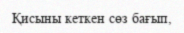
Қисыны кеткен сөз бағып,